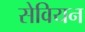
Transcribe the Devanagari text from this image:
सेवियन